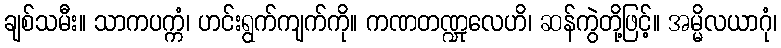
ချစ်သမီး။ သာကပက္ကံ၊ ဟင်းရွက်ကျက်ကို။ ကဏတဏ္ဍုလေဟိ၊ ဆန်ကွဲတို့ဖြင့်။ အမ္မိလယာဂုံ၊